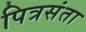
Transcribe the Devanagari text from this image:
पित्रसंता